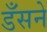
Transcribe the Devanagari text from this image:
डँसने